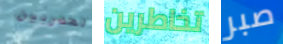
المدربين تخاطرين صبر